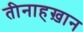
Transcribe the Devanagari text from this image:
तीनाहख़ान